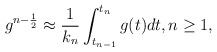
\begin{align*} g^{n-\frac{1}{2}}\approx \frac{1}{k_n}\int_{t_{n-1}}^{t_n} g(t) dt, n\geq 1, \end{align*}